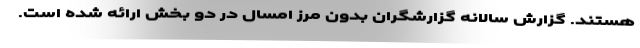
هستند. گزارش سالانه گزارشگران بدون مرز امسال در دو بخش ارائه شده است.